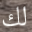
لك